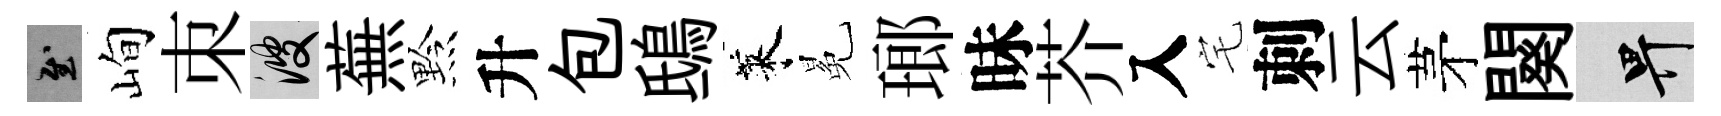
慰峋朿彼蕪黔升包鴟萊冕瑯昧芥入宅刺云茅闋畀